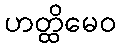
ဟတ္ထိမေဝ